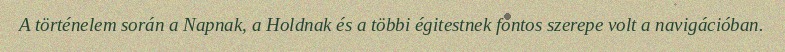
A történelem során a Napnak, a Holdnak és a többi égitestnek fontos szerepe volt a navigációban.